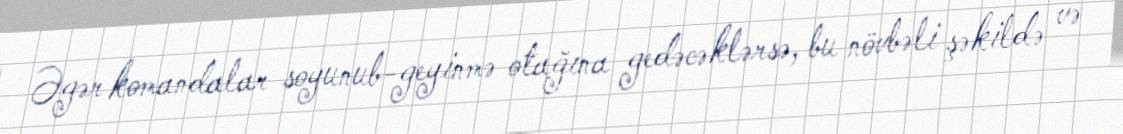
Əgər komandalar soyunub-geyinmə otağına gedəcəklərsə, bu növbəli şəkildə və